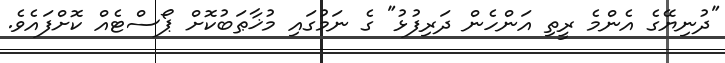
"ދުނިޔޭގެ އެންމެ ރީތި އަންހެން ދަރިފުޅު" ގެ ނަމުގައި މުޚާޠަބުކޮށް ޕޯސްޓެއް ކޮށްފައެވެ.